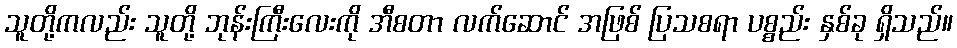
သူတို့ကလည်း သူတို့ ဘုန်းကြီးလေးကို အီစတာ လက်ဆောင် အဖြစ် ပြသစရာ ပစ္စည်း နှစ်ခု ရှိသည်။